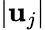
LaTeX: \lvert\mathbf{u}_{j}\rvert